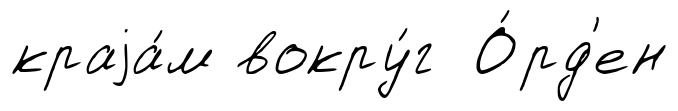
краjа́м вокру́г О́рд'ен